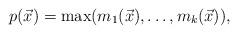
LaTeX: \begin{align*} p(\vec{x}) = \max(m_1(\vec{x}),\ldots, m_{k}(\vec{x})),\end{align*}